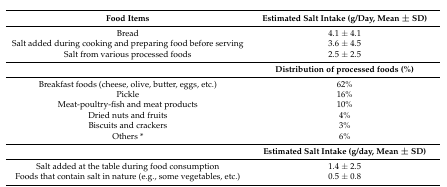
| Food Items | Estimated Salt Intake (g/Day, Mean ± SD) |
 | --- | --- |
 | Bread | 4.1 ± 4.1 |
 | Salt added during cooking and preparing food before serving | 3.6 ± 4.5 |
 | Salt from various processed foods | 2.5 ± 2.5 |
 |  | Distribution of processed foods (%) |
 | Breakfast foods (cheese, olive, butter, eggs, etc.) | 62% |
 | Pickle | 16% |
 | Meat-poultry-fish and meat products | 10% |
 | Dried nuts and fruits | 4% |
 | Biscuits and crackers | 3% |
 | Others * | 6% |
 |  | Estimated Salt Intake (g/day, Mean ± SD) |
 | Salt added at the table during food consumption | 1.4 ± 2.5 |
 | Foods that contain salt in nature (e.g., some vegetables, etc.) | 0.5 ± 0.8 |